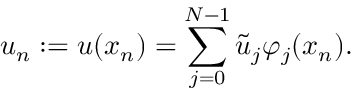
u _ { n } : = u ( x _ { n } ) = \sum _ { j = 0 } ^ { N - 1 } \tilde { u } _ { j } \varphi _ { j } ( x _ { n } ) .